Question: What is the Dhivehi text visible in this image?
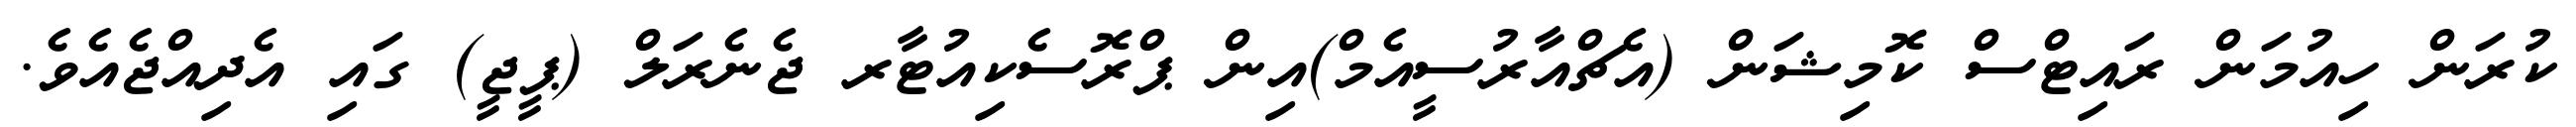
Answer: ކުރަން ހިއުމަން ރައިޓްސް ކޮމިޝަން (އެޗްއާރުސީއެމް)އިން ޕްރޮސެކިއުޓާރ ޖެނެރަލް (ޕީޖީ) ގައި އެދިއްޖެއެވެ.